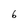
Character: 6